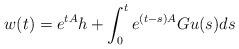
LaTeX: \begin{gather*} w(t) = e^{tA} h + \int_0^t e^{(t-s)A} Gu(s)ds\end{gather*}